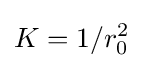
K=1/r_{0}^{2}